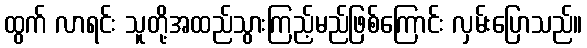
ထွက် လာရင်း သူတို့အထည်သွားကြည့်မည်ဖြစ်ကြောင်း လှမ်းပြောသည်။